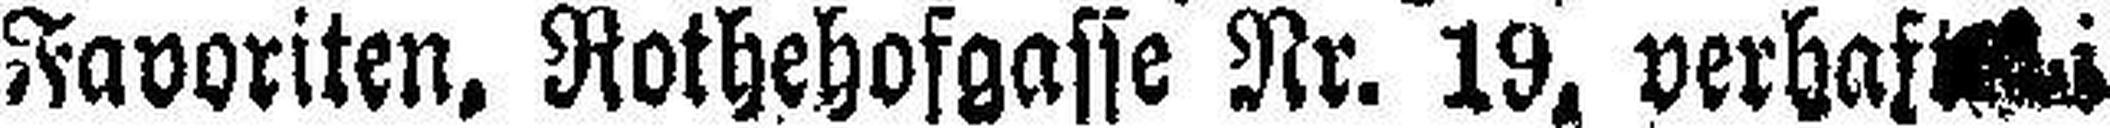
Favoriten, Rothehofgasse Nr. 19, verhaft###